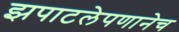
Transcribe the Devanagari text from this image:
झपाटलेपणानेच